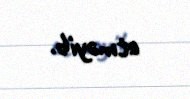
etməyib.